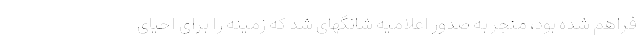
فراهم شده بود، منجر به صدور اعلامیه شانگهای شد که زمینه را برای احیای